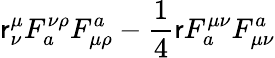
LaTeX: \mathsf{r}_{\nu}^{\mu}F_{a}^{\nu\rho}F_{\mu\rho}^{a}-{\frac{{1}}{{4}}}\mathsf{r}F_{a}^{\mu\nu}F_{\mu\nu}^{a}